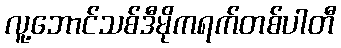
လူ့ဘောင်သစ်ဒီမိုကရက်တစ်ပါတီ